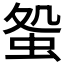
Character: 𧊃